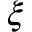
\xi